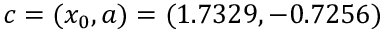
c = ( x _ { 0 } , a ) = ( 1 . 7 3 2 9 , - 0 . 7 2 5 6 )